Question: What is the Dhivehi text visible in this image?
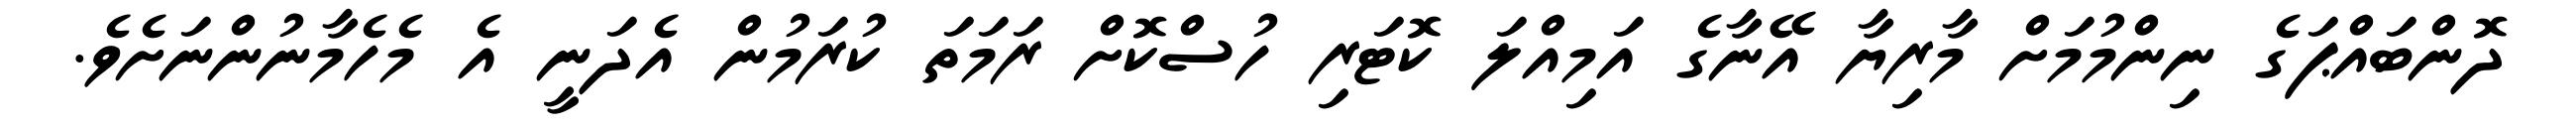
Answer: ދޮންބައްޕަގެ ނިންމުމަށް މާރިޔާ އޭނާގެ އަމިއްލަ ކޮޓަރި ހުސްކޮށް ރަމަތަ ކުރަމުން އެދަނީ އެ މެހެމާނުންނަށެވެ.